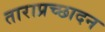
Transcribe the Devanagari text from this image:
ताराप्रच्छादन